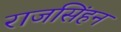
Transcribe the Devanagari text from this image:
राजसिंहन